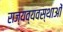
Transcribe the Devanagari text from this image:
राज्यव्यवस्थाओं